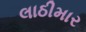
લાઠીમાર